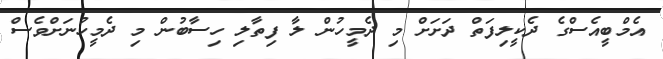
އެމްބީއެސްގެ ދެކީލިފަތް ދަށަށް މި ދެމީހުން ލާ ފިތާލި ހިސާބުން މި ދެމީހުނަށްވެސް